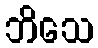
ဘိသေ